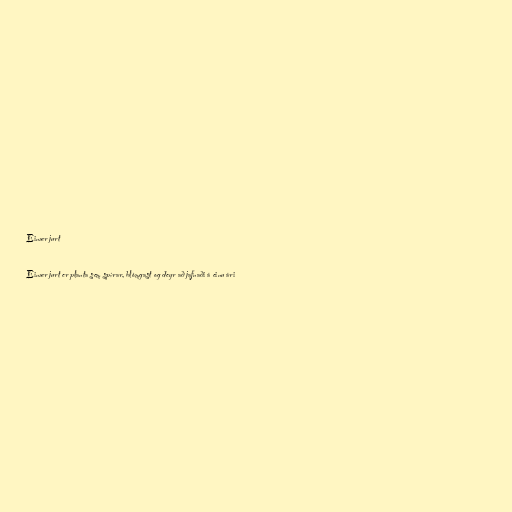
Einær jurt

Einær jurt er planta sem spírar, blómgast og deyr að jafnaði á einu ári